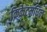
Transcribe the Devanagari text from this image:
क्रिकेटमधिल